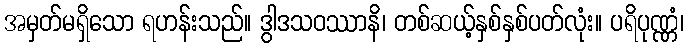
အမှတ်မရှိသော ရဟန်းသည်။ ဒွါဒသဝဿာနိ၊ တစ်ဆယ့်နှစ်နှစ်ပတ်လုံး။ ပရိပုဏ္ဏံ၊